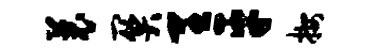
曩关里平按